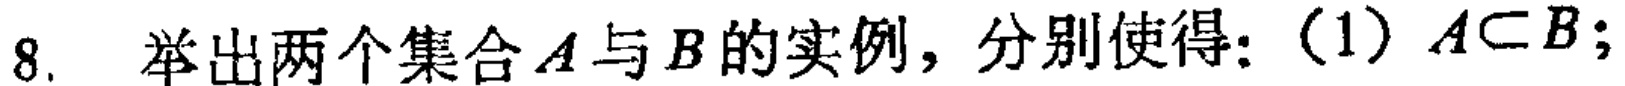
8. 举出两个集合\(A\)与\(B\)的实例，分别使得：（1）\(A\subset B\)；